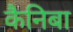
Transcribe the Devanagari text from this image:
कैनिबा